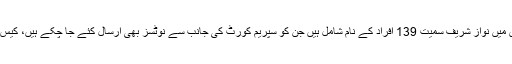
یاد رہے کہ سانحہ ماڈل ٹاؤن کیس میں نواز شریف سمیت 139 افراد کے نام شامل ہیں جن کو سپریم کورٹ کی جانب سے نوٹسز بھی ارسال کئے جا چکے ہیں، کیس کی سماعت پانچ دسمبر کو ہوگی۔